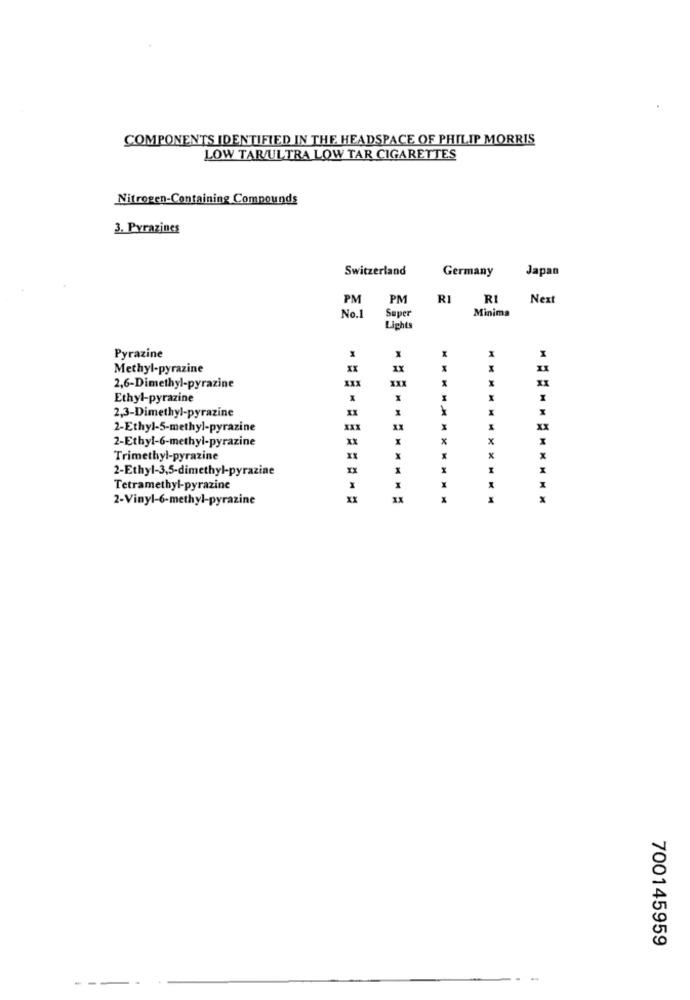
COMPONENTS IDENTIFIED IN THE HEADSPACE OF PHILIP MORRIS
LOW TAR/ULTRA LOW TAR CIGARETTES
Nitrogen-Containing Compounds
3. Pyrazines
Switzerland
Germany
Japan
PM
PM
RI
RI
Next
Super
Minima
No.1
Lights
X
Pyrazine
X
Methyl-pyrazine
1X
XXX
XXX
X
2,6-Dimethyl-pyrazine
Ethyl-pyrazine
2,3-Dimethyl-pyrazine
2-Ethyl-5-methyl-pyrazine
XX
xx
2-Ethyl-6-methyl-pyrazine
x
x
Trimethyl-pyrazine
x
x
2-Ethyl-3,5-dimethyl-pyrazine
I
Tetramethyl-pyrazine
M
2-Vinyl-6-methyl-pyrazine
700145959